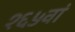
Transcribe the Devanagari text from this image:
१६५वां